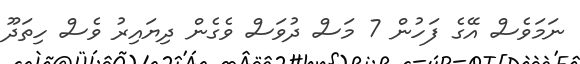
ނަމަވެސް އޭގެ ފަހުން 7 މަސް ދުވަސް ވެގެން ދިޔައިރު ވެސް ހިތަދޫ